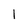
Character: 1